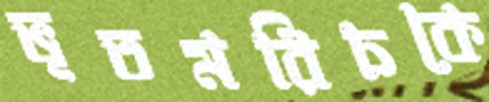
ভূতমরিচকে